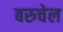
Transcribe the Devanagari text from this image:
बरुचेल